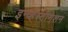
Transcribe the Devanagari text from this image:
इन्व्हेस्टीगेशन